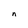
Character: n